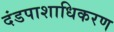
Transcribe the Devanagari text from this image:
दंडपाशाधिकरण